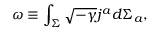
\omega \equiv \int _ { \Sigma } \sqrt { - \gamma } j ^ { a } d \Sigma _ { a } ,